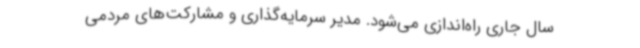
سال جاری راه‌اندازی می‌شود. مدیر سرمایه‌گذاری و مشارکت‌های مردمی